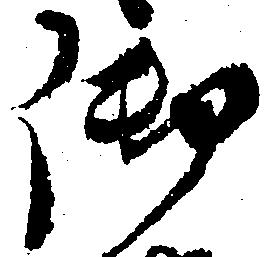
御